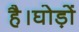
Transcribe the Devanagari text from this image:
है।घोड़ों